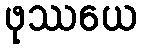
ဖုဿယေ